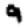
Digit: 9